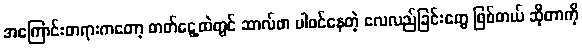
အကြောင်းတရားကတော့ ဓာတ်ငွေ့ထဲတွင် ဆာလ်ဖာ ပါဝင်နေတဲ့ လေလည်ခြင်းတွေ ဖြစ်တယ် ဆိုတာကို